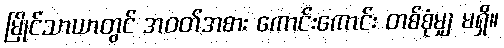
မြိုင်သာယာတွင် အဝတ်အစား ကောင်းကောင်း တစ်စုံမျှ မရှိ။